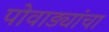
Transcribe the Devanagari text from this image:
पोवाड्यांचा